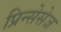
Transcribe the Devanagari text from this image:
प्रिन्सेसेज